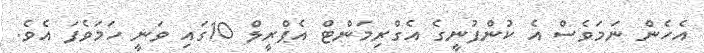
އެހެން ނަމަވެސް އެ ކުންފުނީގެ އެގްރިމަންޓް އެޕްރީލް 10ގައި ވަނީ ހަމަވެފަ އެވެ.